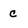
Character: c